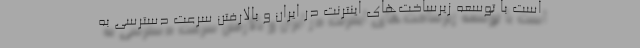
است با توسعه زیرساخت‌های اینترنت در ایران و بالارفتن سرعت دسترسی به